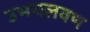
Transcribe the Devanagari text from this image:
उभयलवण